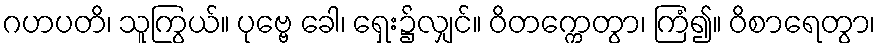
ဂဟပတိ၊ သူကြွယ်။ ပုဗ္ဗေ ခေါ၊ ရှေး၌လျှင်။ ဝိတက္ကေတွာ၊ ကြံ၍။ ဝိစာရေတွာ၊